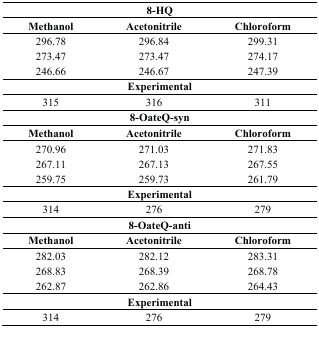
| <COLSPAN=3> 8-HQ |
 | Methanol | Acetonitrile | Chloroform |
 | --- | --- | --- |
 | 296.78 | 296.84 | 299.31 |
 | 273.47 | 273.47 | 274.17 |
 | 246.66 | 246.67 | 247.39 |
 | <COLSPAN=3> Experimental |
 | 315 | 316 | 311 |
 | <COLSPAN=3> 8-OateQ-syn |
 | Methanol | Acetonitrile | Chloroform |
 | 270.96 | 271.03 | 271.83 |
 | 267.11 | 267.13 | 267.55 |
 | 259.75 | 259.73 | 261.79 |
 | <COLSPAN=3> Experimental |
 | 314 | 276 | 279 |
 | <COLSPAN=3> 8-OateQ-anti |
 | Methanol | Acetonitrile | Chloroform |
 | 282.03 | 282.12 | 283.31 |
 | 268.83 | 268.39 | 268.78 |
 | 262.87 | 262.86 | 264.43 |
 | <COLSPAN=3> Experimental |
 | 314 | 276 | 279 |